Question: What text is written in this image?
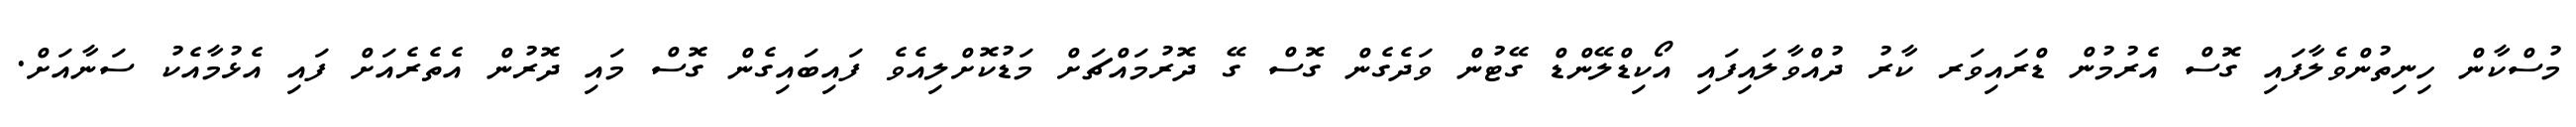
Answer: މުސްކާން ހިނިތުންވެލާފައި ގޮސް އެރުމުން ޑްރައިވަރ ކާރު ދުއްވާލައިފައި އޯކިޑްލޭންޑް ގޭޓުން ވަދެގެން ގޮސް ގޭ ދޮރުމައްޗަށް މަޑުކޮށްލިއެވެ ފައިބައިގެން ގޮސް މައި ދޮރުން އެތެރެއަށް ފައި އެޅުމާއެކު ސަނާއަށް.